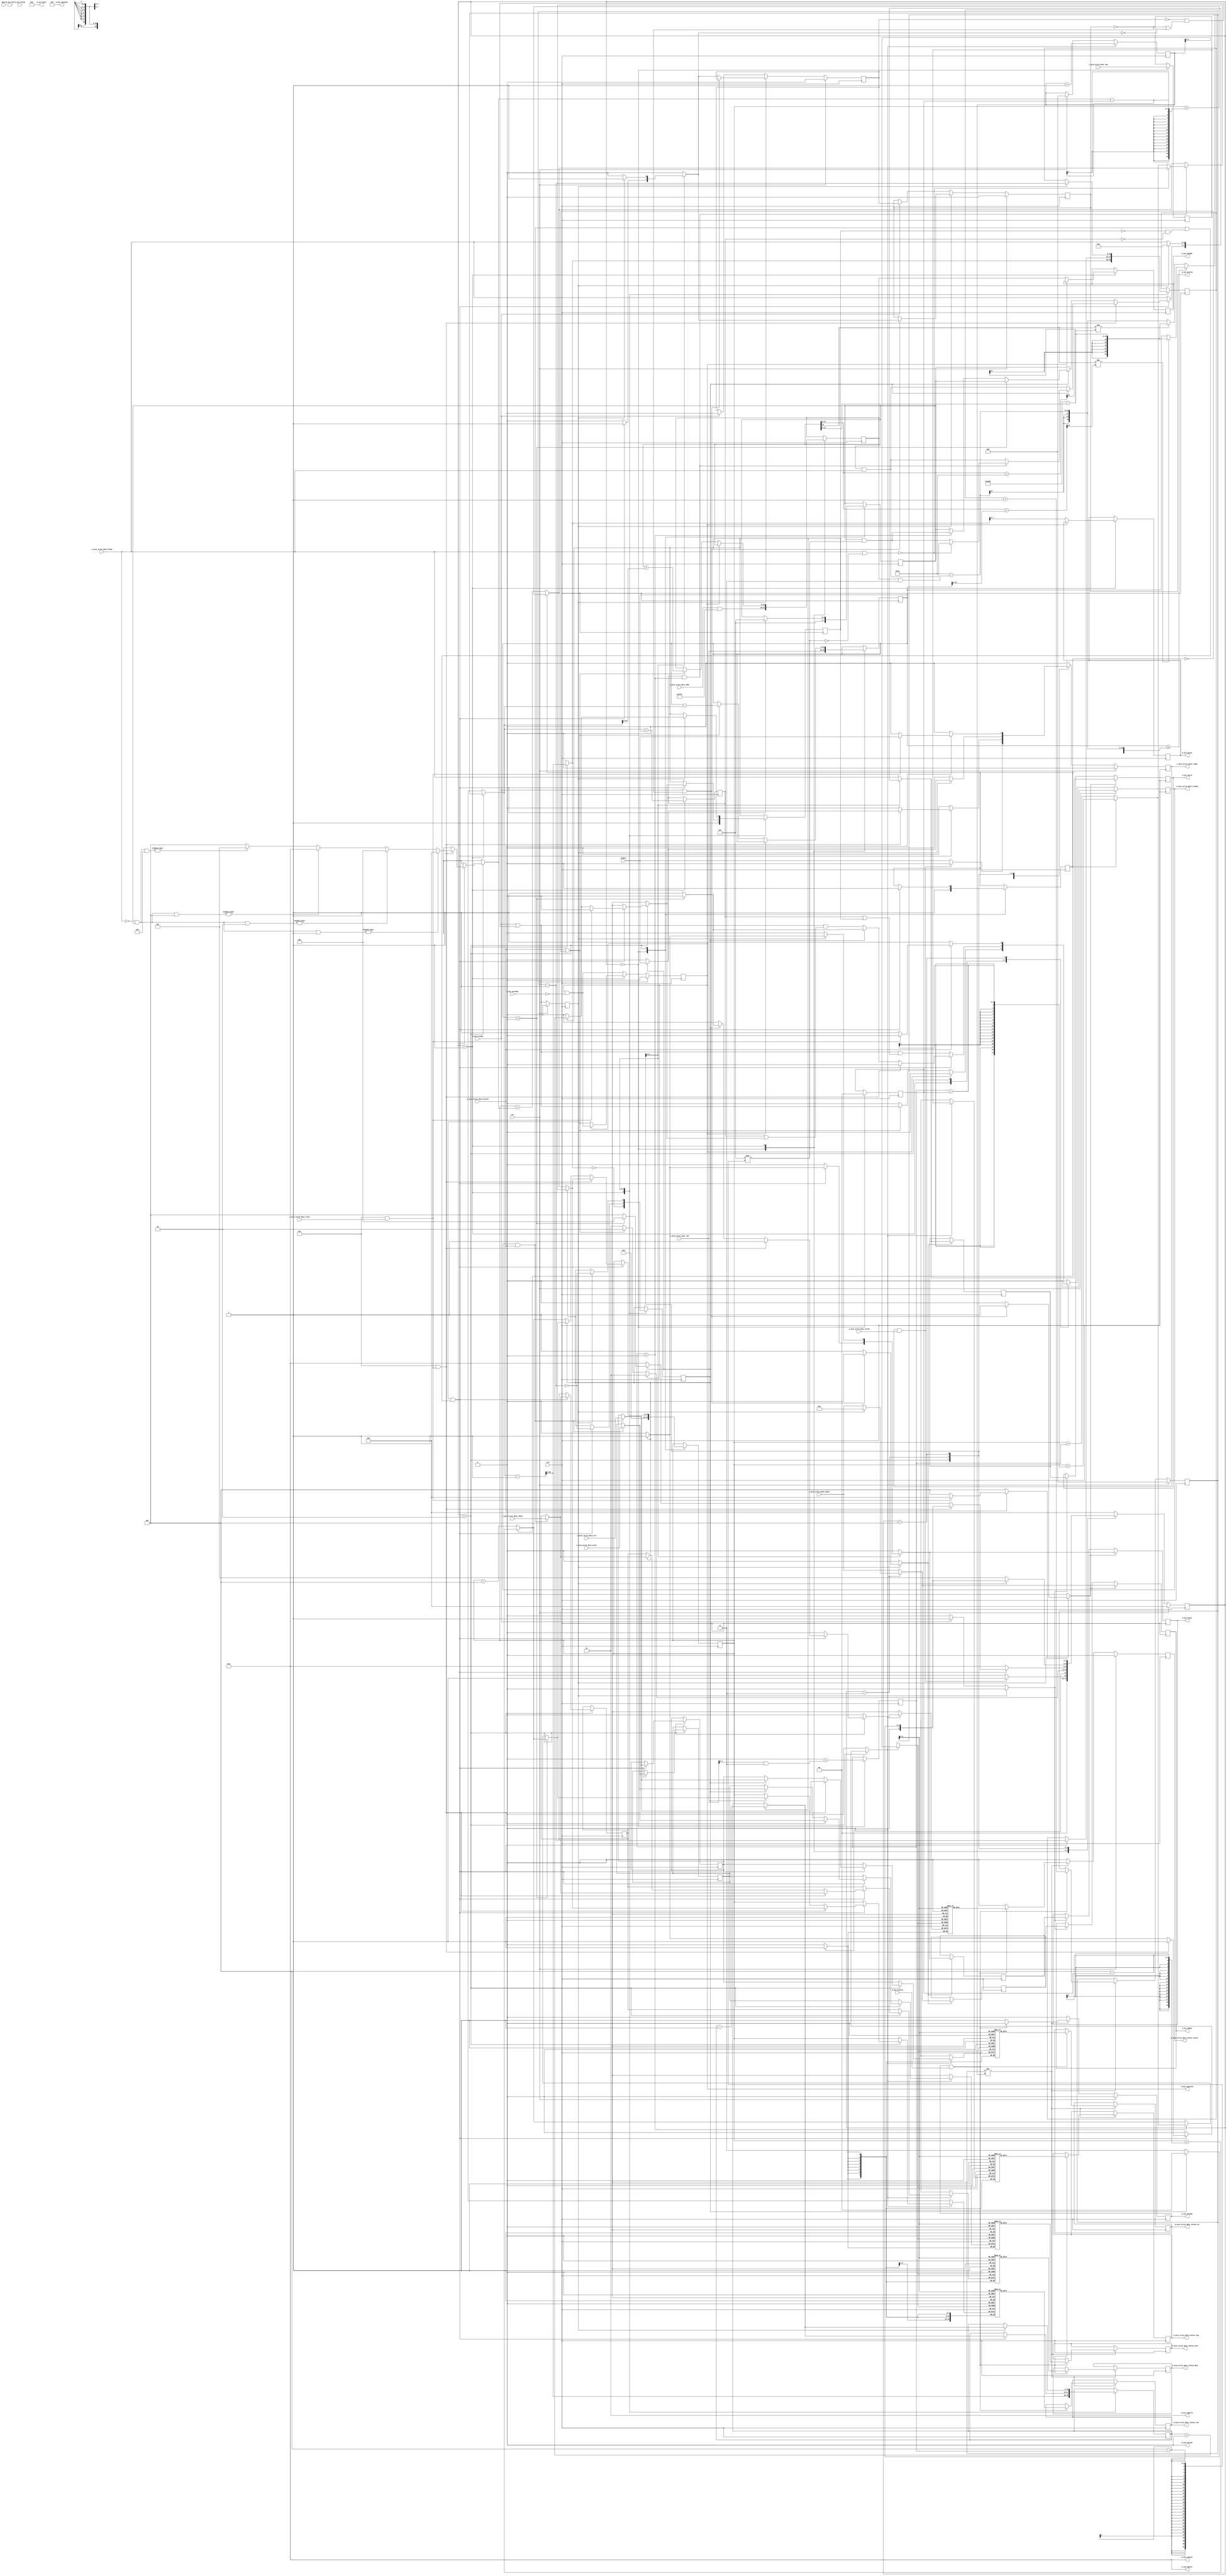
/*

Copyright (c) 2018 Alex Forencich

Permission is hereby granted, free of charge, to any person obtaining a copy
of this software and associated documentation files (the "Software"), to deal
in the Software without restriction, including without limitation the rights
to use, copy, modify, merge, publish, distribute, sublicense, and/or sell
copies of the Software, and to permit persons to whom the Software is
furnished to do so, subject to the following conditions:

The above copyright notice and this permission notice shall be included in
all copies or substantial portions of the Software.

THE SOFTWARE IS PROVIDED "AS IS", WITHOUT WARRANTY OF ANY KIND, EXPRESS OR
IMPLIED, INCLUDING BUT NOT LIMITED TO THE WARRANTIES OF MERCHANTABILITY
FITNESS FOR A PARTICULAR PURPOSE AND NONINFRINGEMENT. IN NO EVENT SHALL THE
AUTHORS OR COPYRIGHT HOLDERS BE LIABLE FOR ANY CLAIM, DAMAGES OR OTHER
LIABILITY, WHETHER IN AN ACTION OF CONTRACT, TORT OR OTHERWISE, ARISING FROM,
OUT OF OR IN CONNECTION WITH THE SOFTWARE OR THE USE OR OTHER DEALINGS IN
THE SOFTWARE.

*/

// Language: Verilog 2001

`timescale 1ns / 1ps

/*
 * AXI4 DMA
 */
module axi_dma_wr #
(
    // Width of AXI data bus in bits
    parameter AXI_DATA_WIDTH = 32,
    // Width of AXI address bus in bits
    parameter AXI_ADDR_WIDTH = 16,
    // Width of AXI wstrb (width of data bus in words)
    parameter AXI_STRB_WIDTH = (AXI_DATA_WIDTH/8),
    // Width of AXI ID signal
    parameter AXI_ID_WIDTH = 8,
    // Maximum AXI burst length to generate
    parameter AXI_MAX_BURST_LEN = 16,
    // Width of AXI stream interfaces in bits
    parameter AXIS_DATA_WIDTH = AXI_DATA_WIDTH,
    // Use AXI stream tkeep signal
    parameter AXIS_KEEP_ENABLE = (AXIS_DATA_WIDTH>8),
    // AXI stream tkeep signal width (words per cycle)
    parameter AXIS_KEEP_WIDTH = (AXIS_DATA_WIDTH/8),
    // Use AXI stream tlast signal
    parameter AXIS_LAST_ENABLE = 1,
    // Propagate AXI stream tid signal
    parameter AXIS_ID_ENABLE = 0,
    // AXI stream tid signal width
    parameter AXIS_ID_WIDTH = 8,
    // Propagate AXI stream tdest signal
    parameter AXIS_DEST_ENABLE = 0,
    // AXI stream tdest signal width
    parameter AXIS_DEST_WIDTH = 8,
    // Propagate AXI stream tuser signal
    parameter AXIS_USER_ENABLE = 1,
    // AXI stream tuser signal width
    parameter AXIS_USER_WIDTH = 1,
    // Width of length field
    parameter LEN_WIDTH = 20,
    // Width of tag field
    parameter TAG_WIDTH = 8,
    // Enable support for scatter/gather DMA
    // (multiple descriptors per AXI stream frame)
    parameter ENABLE_SG = 0,
    // Enable support for unaligned transfers
    parameter ENABLE_UNALIGNED = 0
)
(
    input  wire                       clk,
    input  wire                       rst,

    /*
     * AXI write descriptor input
     */
    input  wire [AXI_ADDR_WIDTH-1:0]  s_axis_write_desc_addr,
    input  wire [LEN_WIDTH-1:0]       s_axis_write_desc_len,
    input  wire [TAG_WIDTH-1:0]       s_axis_write_desc_tag,
    input  wire                       s_axis_write_desc_valid,
    output wire                       s_axis_write_desc_ready,

    /*
     * AXI write descriptor status output
     */
    output wire [LEN_WIDTH-1:0]       m_axis_write_desc_status_len,
    output wire [TAG_WIDTH-1:0]       m_axis_write_desc_status_tag,
    output wire [AXIS_ID_WIDTH-1:0]   m_axis_write_desc_status_id,
    output wire [AXIS_DEST_WIDTH-1:0] m_axis_write_desc_status_dest,
    output wire [AXIS_USER_WIDTH-1:0] m_axis_write_desc_status_user,
    output wire                       m_axis_write_desc_status_valid,

    /*
     * AXI stream write data input
     */
    input  wire [AXIS_DATA_WIDTH-1:0] s_axis_write_data_tdata,
    input  wire [AXIS_KEEP_WIDTH-1:0] s_axis_write_data_tkeep,
    input  wire                       s_axis_write_data_tvalid,
    output wire                       s_axis_write_data_tready,
    input  wire                       s_axis_write_data_tlast,
    input  wire [AXIS_ID_WIDTH-1:0]   s_axis_write_data_tid,
    input  wire [AXIS_DEST_WIDTH-1:0] s_axis_write_data_tdest,
    input  wire [AXIS_USER_WIDTH-1:0] s_axis_write_data_tuser,

    /*
     * AXI master interface
     */
    output wire [AXI_ID_WIDTH-1:0]    m_axi_awid,
    output wire [AXI_ADDR_WIDTH-1:0]  m_axi_awaddr,
    output wire [7:0]                 m_axi_awlen,
    output wire [2:0]                 m_axi_awsize,
    output wire [1:0]                 m_axi_awburst,
    output wire                       m_axi_awlock,
    output wire [3:0]                 m_axi_awcache,
    output wire [2:0]                 m_axi_awprot,
    output wire                       m_axi_awvalid,
    input  wire                       m_axi_awready,
    output wire [AXI_DATA_WIDTH-1:0]  m_axi_wdata,
    output wire [AXI_STRB_WIDTH-1:0]  m_axi_wstrb,
    output wire                       m_axi_wlast,
    output wire                       m_axi_wvalid,
    input  wire                       m_axi_wready,
    input  wire [AXI_ID_WIDTH-1:0]    m_axi_bid,
    input  wire [1:0]                 m_axi_bresp,
    input  wire                       m_axi_bvalid,
    output wire                       m_axi_bready,

    /*
     * Configuration
     */
    input  wire                       enable,
    input  wire                       abort
);

parameter AXI_WORD_WIDTH = AXI_STRB_WIDTH;
parameter AXI_WORD_SIZE = AXI_DATA_WIDTH/AXI_WORD_WIDTH;
parameter AXI_BURST_SIZE = $clog2(AXI_STRB_WIDTH);
parameter AXI_MAX_BURST_SIZE = AXI_MAX_BURST_LEN << AXI_BURST_SIZE;

parameter AXIS_KEEP_WIDTH_INT = AXIS_KEEP_ENABLE ? AXIS_KEEP_WIDTH : 1;
parameter AXIS_WORD_WIDTH = AXIS_KEEP_WIDTH_INT;
parameter AXIS_WORD_SIZE = AXIS_DATA_WIDTH/AXIS_WORD_WIDTH;

parameter OFFSET_WIDTH = AXI_STRB_WIDTH > 1 ? $clog2(AXI_STRB_WIDTH) : 1;
parameter OFFSET_MASK = AXI_STRB_WIDTH > 1 ? {OFFSET_WIDTH{1'b1}} : 0;
parameter ADDR_MASK = {AXI_ADDR_WIDTH{1'b1}} << $clog2(AXI_STRB_WIDTH);
parameter CYCLE_COUNT_WIDTH = LEN_WIDTH - AXI_BURST_SIZE + 1;

parameter STATUS_FIFO_ADDR_WIDTH = 5;

// bus width assertions
initial begin
    if (AXI_WORD_SIZE * AXI_STRB_WIDTH != AXI_DATA_WIDTH) begin
        $error("Error: AXI data width not evenly divisble (instance %m)");
        $finish;
    end

    if (AXIS_WORD_SIZE * AXIS_KEEP_WIDTH_INT != AXIS_DATA_WIDTH) begin
        $error("Error: AXI stream data width not evenly divisble (instance %m)");
        $finish;
    end

    if (AXI_WORD_SIZE != AXIS_WORD_SIZE) begin
        $error("Error: word size mismatch (instance %m)");
        $finish;
    end

    if (2**$clog2(AXI_WORD_WIDTH) != AXI_WORD_WIDTH) begin
        $error("Error: AXI word width must be even power of two (instance %m)");
        $finish;
    end

    if (AXI_DATA_WIDTH != AXIS_DATA_WIDTH) begin
        $error("Error: AXI interface width must match AXI stream interface width (instance %m)");
        $finish;
    end

    if (AXI_MAX_BURST_LEN < 1 || AXI_MAX_BURST_LEN > 256) begin
        $error("Error: AXI_MAX_BURST_LEN must be between 1 and 256 (instance %m)");
        $finish;
    end

    if (ENABLE_SG) begin
        $error("Error: scatter/gather is not yet implemented (instance %m)");
        $finish;
    end
end

localparam [2:0]
    STATE_IDLE = 3'd0,
    STATE_START = 3'd1,
    STATE_WRITE = 3'd2,
    STATE_FINISH_BURST = 3'd3,
    STATE_DROP_DATA = 3'd4;

reg [2:0] state_reg = STATE_IDLE, state_next;

// datapath control signals
reg transfer_in_save;
reg flush_save;
reg status_fifo_we;

integer i;
reg [OFFSET_WIDTH:0] cycle_size;

reg [AXI_ADDR_WIDTH-1:0] addr_reg = {AXI_ADDR_WIDTH{1'b0}}, addr_next;
reg [LEN_WIDTH-1:0] op_word_count_reg = {LEN_WIDTH{1'b0}}, op_word_count_next;
reg [LEN_WIDTH-1:0] tr_word_count_reg = {LEN_WIDTH{1'b0}}, tr_word_count_next;

reg [OFFSET_WIDTH-1:0] offset_reg = {OFFSET_WIDTH{1'b0}}, offset_next;
reg [AXI_STRB_WIDTH-1:0] strb_offset_mask_reg = {AXI_STRB_WIDTH{1'b1}}, strb_offset_mask_next;
reg zero_offset_reg = 1'b1, zero_offset_next;
reg [OFFSET_WIDTH-1:0] last_cycle_offset_reg = {OFFSET_WIDTH{1'b0}}, last_cycle_offset_next;
reg [LEN_WIDTH-1:0] length_reg = {LEN_WIDTH{1'b0}}, length_next;
reg [CYCLE_COUNT_WIDTH-1:0] input_cycle_count_reg = {CYCLE_COUNT_WIDTH{1'b0}}, input_cycle_count_next;
reg [CYCLE_COUNT_WIDTH-1:0] output_cycle_count_reg = {CYCLE_COUNT_WIDTH{1'b0}}, output_cycle_count_next;
reg input_active_reg = 1'b0, input_active_next;
reg first_cycle_reg = 1'b0, first_cycle_next;
reg input_last_cycle_reg = 1'b0, input_last_cycle_next;
reg output_last_cycle_reg = 1'b0, output_last_cycle_next;
reg last_transfer_reg = 1'b0, last_transfer_next;

reg [TAG_WIDTH-1:0] tag_reg = {TAG_WIDTH{1'b0}}, tag_next;
reg [AXIS_ID_WIDTH-1:0] axis_id_reg = {AXIS_ID_WIDTH{1'b0}}, axis_id_next;
reg [AXIS_DEST_WIDTH-1:0] axis_dest_reg = {AXIS_DEST_WIDTH{1'b0}}, axis_dest_next;
reg [AXIS_USER_WIDTH-1:0] axis_user_reg = {AXIS_USER_WIDTH{1'b0}}, axis_user_next;

reg [STATUS_FIFO_ADDR_WIDTH+1-1:0] status_fifo_wr_ptr_reg = 0, status_fifo_wr_ptr_next;
reg [STATUS_FIFO_ADDR_WIDTH+1-1:0] status_fifo_rd_ptr_reg = 0, status_fifo_rd_ptr_next;
reg [LEN_WIDTH-1:0] status_fifo_len[(2**STATUS_FIFO_ADDR_WIDTH)-1:0];
reg [TAG_WIDTH-1:0] status_fifo_tag[(2**STATUS_FIFO_ADDR_WIDTH)-1:0];
reg [AXIS_ID_WIDTH-1:0] status_fifo_id[(2**STATUS_FIFO_ADDR_WIDTH)-1:0];
reg [AXIS_DEST_WIDTH-1:0] status_fifo_dest[(2**STATUS_FIFO_ADDR_WIDTH)-1:0];
reg [AXIS_USER_WIDTH-1:0] status_fifo_user[(2**STATUS_FIFO_ADDR_WIDTH)-1:0];
reg status_fifo_last[(2**STATUS_FIFO_ADDR_WIDTH)-1:0];
reg [LEN_WIDTH-1:0] status_fifo_wr_len;
reg [TAG_WIDTH-1:0] status_fifo_wr_tag;
reg [AXIS_ID_WIDTH-1:0] status_fifo_wr_id;
reg [AXIS_DEST_WIDTH-1:0] status_fifo_wr_dest;
reg [AXIS_USER_WIDTH-1:0] status_fifo_wr_user;
reg status_fifo_wr_last;

reg s_axis_write_desc_ready_reg = 1'b0, s_axis_write_desc_ready_next;

reg [LEN_WIDTH-1:0] m_axis_write_desc_status_len_reg = {LEN_WIDTH{1'b0}}, m_axis_write_desc_status_len_next;
reg [TAG_WIDTH-1:0] m_axis_write_desc_status_tag_reg = {TAG_WIDTH{1'b0}}, m_axis_write_desc_status_tag_next;
reg [AXIS_ID_WIDTH-1:0] m_axis_write_desc_status_id_reg = {AXIS_ID_WIDTH{1'b0}}, m_axis_write_desc_status_id_next;
reg [AXIS_DEST_WIDTH-1:0] m_axis_write_desc_status_dest_reg = {AXIS_DEST_WIDTH{1'b0}}, m_axis_write_desc_status_dest_next;
reg [AXIS_USER_WIDTH-1:0] m_axis_write_desc_status_user_reg = {AXIS_USER_WIDTH{1'b0}}, m_axis_write_desc_status_user_next;
reg m_axis_write_desc_status_valid_reg = 1'b0, m_axis_write_desc_status_valid_next;

reg [AXI_ADDR_WIDTH-1:0] m_axi_awaddr_reg = {AXI_ADDR_WIDTH{1'b0}}, m_axi_awaddr_next;
reg [7:0] m_axi_awlen_reg = 8'd0, m_axi_awlen_next;
reg m_axi_awvalid_reg = 1'b0, m_axi_awvalid_next;
reg m_axi_bready_reg = 1'b0, m_axi_bready_next;

reg s_axis_write_data_tready_reg = 1'b0, s_axis_write_data_tready_next;

reg [AXIS_DATA_WIDTH-1:0] save_axis_tdata_reg = {AXIS_DATA_WIDTH{1'b0}};
reg [AXIS_KEEP_WIDTH_INT-1:0] save_axis_tkeep_reg = {AXIS_KEEP_WIDTH_INT{1'b0}};
reg save_axis_tlast_reg = 1'b0;

reg [AXIS_DATA_WIDTH-1:0] shift_axis_tdata;
reg [AXIS_KEEP_WIDTH_INT-1:0] shift_axis_tkeep;
reg shift_axis_tvalid;
reg shift_axis_tlast;
reg shift_axis_input_tready;
reg shift_axis_extra_cycle_reg = 1'b0;

// internal datapath
reg  [AXI_DATA_WIDTH-1:0] m_axi_wdata_int;
reg  [AXI_STRB_WIDTH-1:0] m_axi_wstrb_int;
reg                       m_axi_wlast_int;
reg                       m_axi_wvalid_int;
reg                       m_axi_wready_int_reg = 1'b0;
wire                      m_axi_wready_int_early;

assign s_axis_write_desc_ready = s_axis_write_desc_ready_reg;

assign m_axis_write_desc_status_len = m_axis_write_desc_status_len_reg;
assign m_axis_write_desc_status_tag = m_axis_write_desc_status_tag_reg;
assign m_axis_write_desc_status_id = m_axis_write_desc_status_id_reg;
assign m_axis_write_desc_status_dest = m_axis_write_desc_status_dest_reg;
assign m_axis_write_desc_status_user = m_axis_write_desc_status_user_reg;
assign m_axis_write_desc_status_valid = m_axis_write_desc_status_valid_reg;

assign s_axis_write_data_tready = s_axis_write_data_tready_reg;

assign m_axi_awid = {AXI_ID_WIDTH{1'b0}};
assign m_axi_awaddr = m_axi_awaddr_reg;
assign m_axi_awlen = m_axi_awlen_reg;
assign m_axi_awsize = AXI_BURST_SIZE;
assign m_axi_awburst = 2'b01;
assign m_axi_awlock = 1'b0;
assign m_axi_awcache = 4'b0011;
assign m_axi_awprot = 3'b010;
assign m_axi_awvalid = m_axi_awvalid_reg;
assign m_axi_bready = m_axi_bready_reg;

wire [AXI_ADDR_WIDTH-1:0] addr_plus_max_burst = addr_reg + AXI_MAX_BURST_SIZE;
wire [AXI_ADDR_WIDTH-1:0] addr_plus_count = addr_reg + op_word_count_reg;

always @* begin
    if (!ENABLE_UNALIGNED || zero_offset_reg) begin
        // passthrough if no overlap
        shift_axis_tdata = s_axis_write_data_tdata;
        shift_axis_tkeep = s_axis_write_data_tkeep;
        shift_axis_tvalid = s_axis_write_data_tvalid;
        shift_axis_tlast = AXIS_LAST_ENABLE && s_axis_write_data_tlast;
        shift_axis_input_tready = 1'b1;
    end else if (!AXIS_LAST_ENABLE) begin
        shift_axis_tdata = {s_axis_write_data_tdata, save_axis_tdata_reg} >> ((AXIS_KEEP_WIDTH_INT-offset_reg)*AXIS_WORD_SIZE);
        shift_axis_tkeep = {s_axis_write_data_tkeep, save_axis_tkeep_reg} >> (AXIS_KEEP_WIDTH_INT-offset_reg);
        shift_axis_tvalid = s_axis_write_data_tvalid;
        shift_axis_tlast = 1'b0;
        shift_axis_input_tready = 1'b1;
    end else if (shift_axis_extra_cycle_reg) begin
        shift_axis_tdata = {s_axis_write_data_tdata, save_axis_tdata_reg} >> ((AXIS_KEEP_WIDTH_INT-offset_reg)*AXIS_WORD_SIZE);
        shift_axis_tkeep = {{AXIS_KEEP_WIDTH_INT{1'b0}}, save_axis_tkeep_reg} >> (AXIS_KEEP_WIDTH_INT-offset_reg);
        shift_axis_tvalid = 1'b1;
        shift_axis_tlast = save_axis_tlast_reg;
        shift_axis_input_tready = flush_save;
    end else begin
        shift_axis_tdata = {s_axis_write_data_tdata, save_axis_tdata_reg} >> ((AXIS_KEEP_WIDTH_INT-offset_reg)*AXIS_WORD_SIZE);
        shift_axis_tkeep = {s_axis_write_data_tkeep, save_axis_tkeep_reg} >> (AXIS_KEEP_WIDTH_INT-offset_reg);
        shift_axis_tvalid = s_axis_write_data_tvalid;
        shift_axis_tlast = (s_axis_write_data_tlast && ((s_axis_write_data_tkeep & ({AXIS_KEEP_WIDTH_INT{1'b1}} << (AXIS_KEEP_WIDTH_INT-offset_reg))) == 0));
        shift_axis_input_tready = 1'b1;
    end
end

always @* begin
    state_next = STATE_IDLE;

    s_axis_write_desc_ready_next = 1'b0;

    m_axis_write_desc_status_len_next = m_axis_write_desc_status_len_reg;
    m_axis_write_desc_status_tag_next = m_axis_write_desc_status_tag_reg;
    m_axis_write_desc_status_id_next = m_axis_write_desc_status_id_reg;
    m_axis_write_desc_status_dest_next = m_axis_write_desc_status_dest_reg;
    m_axis_write_desc_status_user_next = m_axis_write_desc_status_user_reg;
    m_axis_write_desc_status_valid_next = 1'b0;

    s_axis_write_data_tready_next = 1'b0;

    m_axi_awaddr_next = m_axi_awaddr_reg;
    m_axi_awlen_next = m_axi_awlen_reg;
    m_axi_awvalid_next = m_axi_awvalid_reg && !m_axi_awready;
    m_axi_wdata_int = shift_axis_tdata;
    m_axi_wstrb_int = shift_axis_tkeep;
    m_axi_wlast_int = 1'b0;
    m_axi_wvalid_int = 1'b0;
    m_axi_bready_next = 1'b0;

    transfer_in_save = 1'b0;
    flush_save = 1'b0;
    status_fifo_we = 1'b0;

    cycle_size = AXIS_KEEP_WIDTH_INT;

    addr_next = addr_reg;
    offset_next = offset_reg;
    strb_offset_mask_next = strb_offset_mask_reg;
    zero_offset_next = zero_offset_reg;
    last_cycle_offset_next = last_cycle_offset_reg;
    length_next = length_reg;
    op_word_count_next = op_word_count_reg;
    tr_word_count_next = tr_word_count_reg;
    input_cycle_count_next = input_cycle_count_reg;
    output_cycle_count_next = output_cycle_count_reg;
    input_active_next = input_active_reg;
    first_cycle_next = first_cycle_reg;
    input_last_cycle_next = input_last_cycle_reg;
    output_last_cycle_next = output_last_cycle_reg;
    last_transfer_next = last_transfer_reg;

    status_fifo_rd_ptr_next = status_fifo_rd_ptr_reg;

    tag_next = tag_reg;
    axis_id_next = axis_id_reg;
    axis_dest_next = axis_dest_reg;
    axis_user_next = axis_user_reg;

    status_fifo_wr_len = length_reg;
    status_fifo_wr_tag = tag_reg;
    status_fifo_wr_id = axis_id_reg;
    status_fifo_wr_dest = axis_dest_reg;
    status_fifo_wr_user = axis_user_reg;
    status_fifo_wr_last = 1'b0;

    case (state_reg)
        STATE_IDLE: begin
            // idle state - load new descriptor to start operation
            flush_save = 1'b1;
            s_axis_write_desc_ready_next = enable;

            if (ENABLE_UNALIGNED) begin
                addr_next = s_axis_write_desc_addr;
                offset_next = s_axis_write_desc_addr & OFFSET_MASK;
                strb_offset_mask_next = {AXI_STRB_WIDTH{1'b1}} << (s_axis_write_desc_addr & OFFSET_MASK);
                zero_offset_next = (s_axis_write_desc_addr & OFFSET_MASK) == 0;
                last_cycle_offset_next = offset_next + (s_axis_write_desc_len & OFFSET_MASK);
            end else begin
                addr_next = s_axis_write_desc_addr & ADDR_MASK;
                offset_next = 0;
                strb_offset_mask_next = {AXI_STRB_WIDTH{1'b1}};
                zero_offset_next = 1'b1;
                last_cycle_offset_next = offset_next + (s_axis_write_desc_len & OFFSET_MASK);
            end
            tag_next = s_axis_write_desc_tag;
            op_word_count_next = s_axis_write_desc_len;
            first_cycle_next = 1'b1;
            length_next = 0;

            if (s_axis_write_desc_ready && s_axis_write_desc_valid) begin
                s_axis_write_desc_ready_next = 1'b0;
                state_next = STATE_START;
            end else begin
                state_next = STATE_IDLE;
            end
        end
        STATE_START: begin
            // start state - initiate new AXI transfer
            if (op_word_count_reg <= AXI_MAX_BURST_SIZE - (addr_reg & OFFSET_MASK) || AXI_MAX_BURST_SIZE >= 4096) begin
                // packet smaller than max burst size
                if (addr_reg[12] != addr_plus_count[12]) begin
                    // crosses 4k boundary
                    tr_word_count_next = 13'h1000 - addr_reg[11:0];
                end else begin
                    // does not cross 4k boundary
                    tr_word_count_next = op_word_count_reg;
                end
            end else begin
                // packet larger than max burst size
                if (addr_reg[12] != addr_plus_max_burst[12]) begin
                    // crosses 4k boundary
                    tr_word_count_next = 13'h1000 - addr_reg[11:0];
                end else begin
                    // does not cross 4k boundary
                    tr_word_count_next = AXI_MAX_BURST_SIZE - (addr_reg & OFFSET_MASK);
                end
            end

            input_cycle_count_next = (tr_word_count_next - 1) >> $clog2(AXIS_KEEP_WIDTH_INT);
            input_last_cycle_next = input_cycle_count_next == 0;
            if (ENABLE_UNALIGNED) begin
                output_cycle_count_next = (tr_word_count_next + (addr_reg & OFFSET_MASK) - 1) >> AXI_BURST_SIZE;
            end else begin
                output_cycle_count_next = (tr_word_count_next - 1) >> AXI_BURST_SIZE;
            end
            output_last_cycle_next = output_cycle_count_next == 0;
            last_transfer_next = tr_word_count_next == op_word_count_reg;
            input_active_next = 1'b1;

            if (ENABLE_UNALIGNED) begin
                if (!first_cycle_reg && last_transfer_next) begin
                    if (offset_reg >= last_cycle_offset_reg && last_cycle_offset_reg > 0) begin
                        // last cycle will be served by stored partial cycle
                        input_active_next = input_cycle_count_next > 0;
                        input_cycle_count_next = input_cycle_count_next - 1;
                    end
                end
            end

            if (!m_axi_awvalid_reg) begin
                m_axi_awaddr_next = addr_reg;
                m_axi_awlen_next = output_cycle_count_next;
                m_axi_awvalid_next = s_axis_write_data_tvalid || !first_cycle_reg;

                if (m_axi_awvalid_next) begin
                    addr_next = addr_reg + tr_word_count_next;
                    op_word_count_next = op_word_count_reg - tr_word_count_next;

                    s_axis_write_data_tready_next = m_axi_wready_int_early && input_active_next;
                    state_next = STATE_WRITE;
                end else begin
                    state_next = STATE_START;
                end
            end else begin
                state_next = STATE_START;
            end
        end
        STATE_WRITE: begin
            s_axis_write_data_tready_next = m_axi_wready_int_early && (last_transfer_reg || input_active_reg) && shift_axis_input_tready;

            if (m_axi_wready_int_reg && ((s_axis_write_data_tready && shift_axis_tvalid) || (!input_active_reg && !last_transfer_reg) || !shift_axis_input_tready)) begin
                if (s_axis_write_data_tready && s_axis_write_data_tvalid) begin
                    transfer_in_save = 1'b1;

                    axis_id_next = s_axis_write_data_tid;
                    axis_dest_next = s_axis_write_data_tdest;
                    axis_user_next = s_axis_write_data_tuser;
                end

                // update counters
                if (first_cycle_reg) begin
                    length_next = length_reg + (AXIS_KEEP_WIDTH_INT - offset_reg);
                end else begin
                    length_next = length_reg + AXIS_KEEP_WIDTH_INT;
                end
                if (input_active_reg) begin
                    input_cycle_count_next = input_cycle_count_reg - 1;
                    input_active_next = input_cycle_count_reg > 0;
                end
                input_last_cycle_next = input_cycle_count_next == 0;
                output_cycle_count_next = output_cycle_count_reg - 1;
                output_last_cycle_next = output_cycle_count_next == 0;
                first_cycle_next = 1'b0;
                strb_offset_mask_next = {AXI_STRB_WIDTH{1'b1}};

                m_axi_wdata_int = shift_axis_tdata;
                m_axi_wstrb_int = strb_offset_mask_reg;
                m_axi_wvalid_int = 1'b1;

                if (AXIS_LAST_ENABLE && s_axis_write_data_tlast) begin
                    // end of input frame
                    input_active_next = 1'b0;
                    s_axis_write_data_tready_next = 1'b0;
                end

                if (AXIS_LAST_ENABLE && shift_axis_tlast) begin
                    // end of data packet

                    if (AXIS_KEEP_ENABLE) begin
                        cycle_size = AXIS_KEEP_WIDTH_INT;
                        for (i = AXIS_KEEP_WIDTH_INT-1; i >= 0; i = i - 1) begin
                            if (~shift_axis_tkeep & strb_offset_mask_reg & (1 << i)) begin
                                cycle_size = i;
                            end
                        end
                    end else begin
                        cycle_size = AXIS_KEEP_WIDTH_INT;
                    end

                    if (output_last_cycle_reg) begin
                        m_axi_wlast_int = 1'b1;

                        // no more data to transfer, finish operation
                        if (last_transfer_reg && last_cycle_offset_reg > 0) begin
                            if (AXIS_KEEP_ENABLE && !(shift_axis_tkeep & ~({AXI_STRB_WIDTH{1'b1}} >> (AXI_STRB_WIDTH - last_cycle_offset_reg)))) begin
                                m_axi_wstrb_int = strb_offset_mask_reg & shift_axis_tkeep;
                                if (first_cycle_reg) begin
                                    length_next = length_reg + (cycle_size - offset_reg);
                                end else begin
                                    length_next = length_reg + cycle_size;
                                end
                            end else begin
                                m_axi_wstrb_int = strb_offset_mask_reg & {AXI_STRB_WIDTH{1'b1}} >> (AXI_STRB_WIDTH - last_cycle_offset_reg);
                                if (first_cycle_reg) begin
                                    length_next = length_reg + (last_cycle_offset_reg - offset_reg);
                                end else begin
                                    length_next = length_reg + last_cycle_offset_reg;
                                end
                            end
                        end else begin
                            if (AXIS_KEEP_ENABLE) begin
                                m_axi_wstrb_int = strb_offset_mask_reg & shift_axis_tkeep;
                                if (first_cycle_reg) begin
                                    length_next = length_reg + (cycle_size - offset_reg);
                                end else begin
                                    length_next = length_reg + cycle_size;
                                end
                            end
                        end

                        // enqueue status FIFO entry for write completion
                        status_fifo_we = 1'b1;
                        status_fifo_wr_len = length_next;
                        status_fifo_wr_tag = tag_reg;
                        status_fifo_wr_id = axis_id_next;
                        status_fifo_wr_dest = axis_dest_next;
                        status_fifo_wr_user = axis_user_next;
                        status_fifo_wr_last = 1'b1;

                        s_axis_write_data_tready_next = 1'b0;
                        s_axis_write_desc_ready_next = enable;
                        state_next = STATE_IDLE;
                    end else begin
                        // more cycles left in burst, finish burst
                        if (AXIS_KEEP_ENABLE) begin
                            m_axi_wstrb_int = strb_offset_mask_reg & shift_axis_tkeep;
                            if (first_cycle_reg) begin
                                length_next = length_reg + (cycle_size - offset_reg);
                            end else begin
                                length_next = length_reg + cycle_size;
                            end
                        end

                        // enqueue status FIFO entry for write completion
                        status_fifo_we = 1'b1;
                        status_fifo_wr_len = length_next;
                        status_fifo_wr_tag = tag_reg;
                        status_fifo_wr_id = axis_id_next;
                        status_fifo_wr_dest = axis_dest_next;
                        status_fifo_wr_user = axis_user_next;
                        status_fifo_wr_last = 1'b1;

                        s_axis_write_data_tready_next = 1'b0;
                        state_next = STATE_FINISH_BURST;
                    end

                end else if (output_last_cycle_reg) begin
                    m_axi_wlast_int = 1'b1;

                    if (op_word_count_reg > 0) begin
                        // current AXI transfer complete, but there is more data to transfer
                        // enqueue status FIFO entry for write completion
                        status_fifo_we = 1'b1;
                        status_fifo_wr_len = length_next;
                        status_fifo_wr_tag = tag_reg;
                        status_fifo_wr_id = axis_id_next;
                        status_fifo_wr_dest = axis_dest_next;
                        status_fifo_wr_user = axis_user_next;
                        status_fifo_wr_last = 1'b0;

                        s_axis_write_data_tready_next = 1'b0;
                        state_next = STATE_START;
                    end else begin
                        // no more data to transfer, finish operation
                        if (last_cycle_offset_reg > 0) begin
                            m_axi_wstrb_int = strb_offset_mask_reg & {AXI_STRB_WIDTH{1'b1}} >> (AXI_STRB_WIDTH - last_cycle_offset_reg);
                            if (first_cycle_reg) begin
                                length_next = length_reg + (last_cycle_offset_reg - offset_reg);
                            end else begin
                                length_next = length_reg + last_cycle_offset_reg;
                            end
                        end

                        // enqueue status FIFO entry for write completion
                        status_fifo_we = 1'b1;
                        status_fifo_wr_len = length_next;
                        status_fifo_wr_tag = tag_reg;
                        status_fifo_wr_id = axis_id_next;
                        status_fifo_wr_dest = axis_dest_next;
                        status_fifo_wr_user = axis_user_next;
                        status_fifo_wr_last = 1'b1;

                        if (AXIS_LAST_ENABLE) begin
                            // not at the end of packet; drop remainder
                            s_axis_write_data_tready_next = shift_axis_input_tready;
                            state_next = STATE_DROP_DATA;
                        end else begin
                            // no framing; return to idle
                            s_axis_write_data_tready_next = 1'b0;
                            s_axis_write_desc_ready_next = enable;
                            state_next = STATE_IDLE;
                        end
                    end
                end else begin
                    s_axis_write_data_tready_next = m_axi_wready_int_early && (last_transfer_reg || input_active_next) && shift_axis_input_tready;
                    state_next = STATE_WRITE;
                end
            end else begin
                state_next = STATE_WRITE;
            end
        end
        STATE_FINISH_BURST: begin
            // finish current AXI burst

            if (m_axi_wready_int_reg) begin
                // update counters
                if (input_active_reg) begin
                    input_cycle_count_next = input_cycle_count_reg - 1;
                    input_active_next = input_cycle_count_reg > 0;
                end
                input_last_cycle_next = input_cycle_count_next == 0;
                output_cycle_count_next = output_cycle_count_reg - 1;
                output_last_cycle_next = output_cycle_count_next == 0;

                m_axi_wdata_int = {AXI_DATA_WIDTH{1'b0}};
                m_axi_wstrb_int = {AXI_STRB_WIDTH{1'b0}};
                m_axi_wvalid_int = 1'b1;

                if (output_last_cycle_reg) begin
                    // no more data to transfer, finish operation
                    m_axi_wlast_int = 1'b1;

                    s_axis_write_data_tready_next = 1'b0;
                    s_axis_write_desc_ready_next = enable;
                    state_next = STATE_IDLE;
                end else begin
                    // more cycles in AXI transfer
                    state_next = STATE_FINISH_BURST;
                end
            end else begin
                state_next = STATE_FINISH_BURST;
            end
        end
        STATE_DROP_DATA: begin
            // drop excess AXI stream data
            s_axis_write_data_tready_next = shift_axis_input_tready;

            if (shift_axis_tvalid) begin
                if (s_axis_write_data_tready && s_axis_write_data_tvalid) begin
                    transfer_in_save = 1'b1;
                end

                if (shift_axis_tlast) begin
                    s_axis_write_data_tready_next = 1'b0;
                    s_axis_write_desc_ready_next = enable;
                    state_next = STATE_IDLE;
                end else begin
                    state_next = STATE_DROP_DATA;
                end
            end else begin
                state_next = STATE_DROP_DATA;
            end
        end
    endcase

    if (status_fifo_rd_ptr_reg != status_fifo_wr_ptr_reg) begin
        // status FIFO not empty
        if (m_axi_bready && m_axi_bvalid) begin
            // got write completion, pop and return status
            m_axis_write_desc_status_len_next = status_fifo_len[status_fifo_rd_ptr_reg[STATUS_FIFO_ADDR_WIDTH-1:0]];
            m_axis_write_desc_status_tag_next = status_fifo_tag[status_fifo_rd_ptr_reg[STATUS_FIFO_ADDR_WIDTH-1:0]];
            m_axis_write_desc_status_id_next = status_fifo_id[status_fifo_rd_ptr_reg[STATUS_FIFO_ADDR_WIDTH-1:0]];
            m_axis_write_desc_status_dest_next = status_fifo_dest[status_fifo_rd_ptr_reg[STATUS_FIFO_ADDR_WIDTH-1:0]];
            m_axis_write_desc_status_user_next = status_fifo_user[status_fifo_rd_ptr_reg[STATUS_FIFO_ADDR_WIDTH-1:0]];
            m_axis_write_desc_status_valid_next = status_fifo_last[status_fifo_rd_ptr_reg[STATUS_FIFO_ADDR_WIDTH-1:0]];
            status_fifo_rd_ptr_next = status_fifo_rd_ptr_reg + 1;
            m_axi_bready_next = 1'b0;
        end else begin
            // wait for write completion
            m_axi_bready_next = 1'b1;
        end
    end
end

always @(posedge clk) begin
    if (rst) begin
        state_reg <= STATE_IDLE;
        s_axis_write_desc_ready_reg <= 1'b0;
        m_axis_write_desc_status_valid_reg <= 1'b0;
        s_axis_write_data_tready_reg <= 1'b0;
        m_axi_awvalid_reg <= 1'b0;
        m_axi_bready_reg <= 1'b0;
        save_axis_tlast_reg <= 1'b0;
        shift_axis_extra_cycle_reg <= 1'b0;

        status_fifo_wr_ptr_reg <= 0;
        status_fifo_rd_ptr_reg <= 0;
    end else begin
        state_reg <= state_next;
        s_axis_write_desc_ready_reg <= s_axis_write_desc_ready_next;
        m_axis_write_desc_status_valid_reg <= m_axis_write_desc_status_valid_next;
        s_axis_write_data_tready_reg <= s_axis_write_data_tready_next;
        m_axi_awvalid_reg <= m_axi_awvalid_next;
        m_axi_bready_reg <= m_axi_bready_next;

        // datapath
        if (flush_save) begin
            save_axis_tlast_reg <= 1'b0;
            shift_axis_extra_cycle_reg <= 1'b0;
        end else if (transfer_in_save) begin
            save_axis_tlast_reg <= s_axis_write_data_tlast;
            shift_axis_extra_cycle_reg <= s_axis_write_data_tlast & ((s_axis_write_data_tkeep >> (AXIS_KEEP_WIDTH_INT-offset_reg)) != 0);
        end

        if (status_fifo_we) begin
            status_fifo_wr_ptr_reg <= status_fifo_wr_ptr_reg + 1;
        end
        status_fifo_rd_ptr_reg <= status_fifo_rd_ptr_next;
    end

    m_axis_write_desc_status_len_reg <= m_axis_write_desc_status_len_next;
    m_axis_write_desc_status_tag_reg <= m_axis_write_desc_status_tag_next;
    m_axis_write_desc_status_id_reg <= m_axis_write_desc_status_id_next;
    m_axis_write_desc_status_dest_reg <= m_axis_write_desc_status_dest_next;
    m_axis_write_desc_status_user_reg <= m_axis_write_desc_status_user_next;

    m_axi_awaddr_reg <= m_axi_awaddr_next;
    m_axi_awlen_reg <= m_axi_awlen_next;

    addr_reg <= addr_next;
    offset_reg <= offset_next;
    strb_offset_mask_reg <= strb_offset_mask_next;
    zero_offset_reg <= zero_offset_next;
    last_cycle_offset_reg <= last_cycle_offset_next;
    length_reg <= length_next;
    op_word_count_reg <= op_word_count_next;
    tr_word_count_reg <= tr_word_count_next;
    input_cycle_count_reg <= input_cycle_count_next;
    output_cycle_count_reg <= output_cycle_count_next;
    input_active_reg <= input_active_next;
    first_cycle_reg <= first_cycle_next;
    input_last_cycle_reg <= input_last_cycle_next;
    output_last_cycle_reg <= output_last_cycle_next;
    last_transfer_reg <= last_transfer_next;

    tag_reg <= tag_next;
    axis_id_reg <= axis_id_next;
    axis_dest_reg <= axis_dest_next;
    axis_user_reg <= axis_user_next;

    if (flush_save) begin
        save_axis_tkeep_reg <= {AXIS_KEEP_WIDTH_INT{1'b0}};
    end else if (transfer_in_save) begin
        save_axis_tdata_reg <= s_axis_write_data_tdata;
        save_axis_tkeep_reg <= AXIS_KEEP_ENABLE ? s_axis_write_data_tkeep : {AXIS_KEEP_WIDTH_INT{1'b1}};
    end

    if (status_fifo_we) begin
        status_fifo_len[status_fifo_wr_ptr_reg[STATUS_FIFO_ADDR_WIDTH-1:0]] <= status_fifo_wr_len;
        status_fifo_tag[status_fifo_wr_ptr_reg[STATUS_FIFO_ADDR_WIDTH-1:0]] <= status_fifo_wr_tag;
        status_fifo_id[status_fifo_wr_ptr_reg[STATUS_FIFO_ADDR_WIDTH-1:0]] <= status_fifo_wr_id;
        status_fifo_dest[status_fifo_wr_ptr_reg[STATUS_FIFO_ADDR_WIDTH-1:0]] <= status_fifo_wr_dest;
        status_fifo_user[status_fifo_wr_ptr_reg[STATUS_FIFO_ADDR_WIDTH-1:0]] <= status_fifo_wr_user;
        status_fifo_last[status_fifo_wr_ptr_reg[STATUS_FIFO_ADDR_WIDTH-1:0]] <= status_fifo_wr_last;
        status_fifo_wr_ptr_reg <= status_fifo_wr_ptr_reg + 1;
    end
end

// output datapath logic
reg [AXI_DATA_WIDTH-1:0] m_axi_wdata_reg  = {AXI_DATA_WIDTH{1'b0}};
reg [AXI_STRB_WIDTH-1:0] m_axi_wstrb_reg  = {AXI_STRB_WIDTH{1'b0}};
reg                      m_axi_wlast_reg  = 1'b0;
reg                      m_axi_wvalid_reg = 1'b0, m_axi_wvalid_next;

reg [AXI_DATA_WIDTH-1:0] temp_m_axi_wdata_reg  = {AXI_DATA_WIDTH{1'b0}};
reg [AXI_STRB_WIDTH-1:0] temp_m_axi_wstrb_reg  = {AXI_STRB_WIDTH{1'b0}};
reg                      temp_m_axi_wlast_reg  = 1'b0;
reg                      temp_m_axi_wvalid_reg = 1'b0, temp_m_axi_wvalid_next;

// datapath control
reg store_axi_w_int_to_output;
reg store_axi_w_int_to_temp;
reg store_axi_w_temp_to_output;

assign m_axi_wdata  = m_axi_wdata_reg;
assign m_axi_wstrb  = m_axi_wstrb_reg;
assign m_axi_wvalid = m_axi_wvalid_reg;
assign m_axi_wlast  = m_axi_wlast_reg;

// enable ready input next cycle if output is ready or the temp reg will not be filled on the next cycle (output reg empty or no input)
assign m_axi_wready_int_early = m_axi_wready || (!temp_m_axi_wvalid_reg && (!m_axi_wvalid_reg || !m_axi_wvalid_int));

always @* begin
    // transfer sink ready state to source
    m_axi_wvalid_next = m_axi_wvalid_reg;
    temp_m_axi_wvalid_next = temp_m_axi_wvalid_reg;

    store_axi_w_int_to_output = 1'b0;
    store_axi_w_int_to_temp = 1'b0;
    store_axi_w_temp_to_output = 1'b0;

    if (m_axi_wready_int_reg) begin
        // input is ready
        if (m_axi_wready || !m_axi_wvalid_reg) begin
            // output is ready or currently not valid, transfer data to output
            m_axi_wvalid_next = m_axi_wvalid_int;
            store_axi_w_int_to_output = 1'b1;
        end else begin
            // output is not ready, store input in temp
            temp_m_axi_wvalid_next = m_axi_wvalid_int;
            store_axi_w_int_to_temp = 1'b1;
        end
    end else if (m_axi_wready) begin
        // input is not ready, but output is ready
        m_axi_wvalid_next = temp_m_axi_wvalid_reg;
        temp_m_axi_wvalid_next = 1'b0;
        store_axi_w_temp_to_output = 1'b1;
    end
end

always @(posedge clk) begin
    if (rst) begin
        m_axi_wvalid_reg <= 1'b0;
        m_axi_wready_int_reg <= 1'b0;
        temp_m_axi_wvalid_reg <= 1'b0;
    end else begin
        m_axi_wvalid_reg <= m_axi_wvalid_next;
        m_axi_wready_int_reg <= m_axi_wready_int_early;
        temp_m_axi_wvalid_reg <= temp_m_axi_wvalid_next;
    end

    // datapath
    if (store_axi_w_int_to_output) begin
        m_axi_wdata_reg <= m_axi_wdata_int;
        m_axi_wstrb_reg <= m_axi_wstrb_int;
        m_axi_wlast_reg <= m_axi_wlast_int;
    end else if (store_axi_w_temp_to_output) begin
        m_axi_wdata_reg <= temp_m_axi_wdata_reg;
        m_axi_wstrb_reg <= temp_m_axi_wstrb_reg;
        m_axi_wlast_reg <= temp_m_axi_wlast_reg;
    end

    if (store_axi_w_int_to_temp) begin
        temp_m_axi_wdata_reg <= m_axi_wdata_int;
        temp_m_axi_wstrb_reg <= m_axi_wstrb_int;
        temp_m_axi_wlast_reg <= m_axi_wlast_int;
    end
end

endmodule